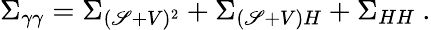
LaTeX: \Sigma_{\gamma\gamma}=\Sigma_{(\mathscr{S}+V)^{2}}+\Sigma_{(\mathscr{S}+V)H}+\Sigma_{HH}\ .